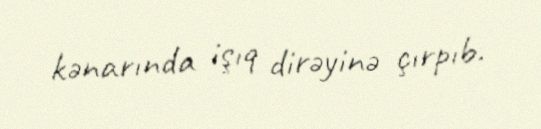
kənarında işıq dirəyinə çırpıb.